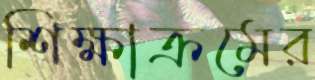
শিক্ষাক্রমের